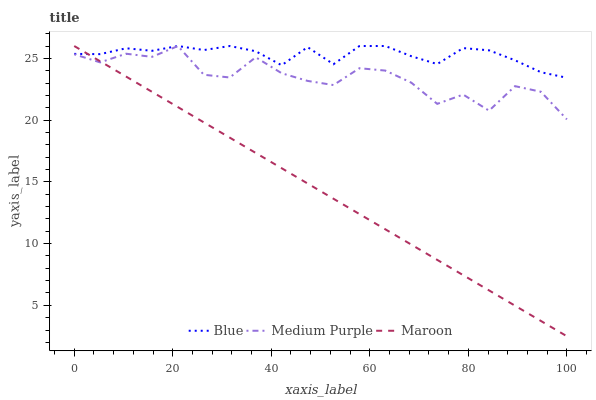
| xaxis_label | Blue | Medium Purple | Maroon |
 | --- | --- | --- | --- |
 | 0 | 25.4 | 25.3 | 26 |
 | 5.26 | 25.3 | 24.7 | 24.8 |
 | 10.5 | 25.8 | 25.4 | 23.5 |
 | 15.8 | 25.6 | 25.1 | 22.3 |
 | 21.1 | 26 | 26 | 21.1 |
 | 26.3 | 25.7 | 23.7 | 19.8 |
 | 31.6 | 26 | 23.5 | 18.6 |
 | 36.8 | 25.6 | 25.1 | 17.3 |
 | 42.1 | 24.4 | 23.8 | 16.1 |
 | 47.4 | 25.9 | 23.2 | 14.9 |
 | 52.6 | 24.5 | 22.8 | 13.6 |
 | 57.9 | 26 | 24.2 | 12.4 |
 | 63.2 | 26 | 24 | 11.2 |
 | 68.4 | 25.2 | 23 | 9.92 |
 | 73.7 | 24.5 | 21.3 | 8.68 |
 | 78.9 | 25.8 | 22.1 | 7.44 |
 | 84.2 | 25.7 | 20.8 | 6.21 |
 | 89.5 | 24.8 | 22.7 | 4.97 |
 | 94.7 | 23.9 | 22.3 | 3.73 |
 | 100 | 23.4 | 20.1 | 2.5 |